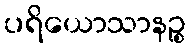
ပရိယောသာနဉ္စ